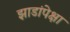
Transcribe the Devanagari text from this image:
झाडांपेक्षा